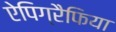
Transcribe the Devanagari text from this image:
ऐपिग्रैफिया